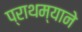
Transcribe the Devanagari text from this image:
प्राथम्याने